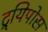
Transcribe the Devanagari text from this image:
ट्र्यिपोस